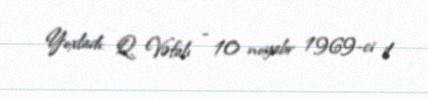
Yoxladı: Q. Vəfalı - 10 noyabr 1969-ci il